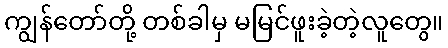
ကျွန်တော်တို့ တစ်ခါမှ မမြင်ဖူးခဲ့တဲ့လူတွေ။